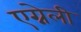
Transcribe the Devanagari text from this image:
एग्नेली